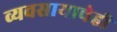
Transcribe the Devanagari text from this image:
व्यवसायाचेही